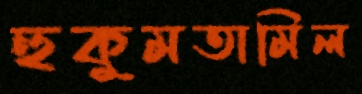
হুকুমতামিল